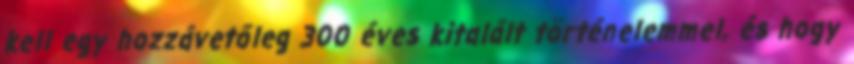
kell egy hozzávetőleg 300 éves kitalált történelemmel, és hogy